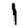
Digit: 1